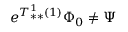
e ^ { T _ { * * } ^ { 1 } ( 1 ) } \Phi _ { 0 } \neq \Psi